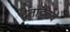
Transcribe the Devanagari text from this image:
द्वैताद्वैतव